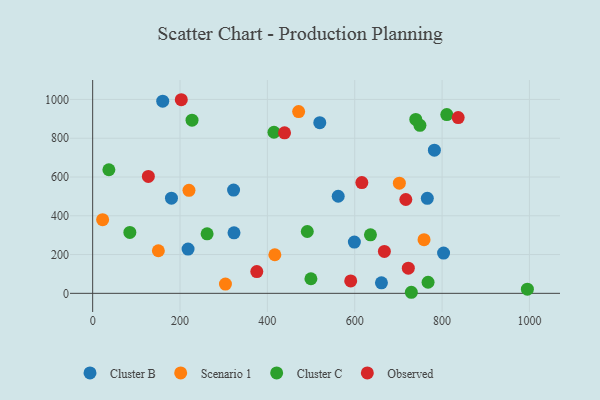
{"axis": {"x": "Study Hours", "y": "Profit"}, "legend": ["Cluster B", "Cluster C", "Observed", "Scenario 1"], "data": [{"x": "766.2", "y": 490.2, "type": "Cluster B"}, {"x": "218.4", "y": 228.3, "type": "Cluster B"}, {"x": "520.0", "y": 880.4, "type": "Cluster B"}, {"x": "599.2", "y": 264.5, "type": "Cluster B"}, {"x": "803.4", "y": 207.5, "type": "Cluster B"}, {"x": "562.2", "y": 500.8, "type": "Cluster B"}, {"x": "160.4", "y": 990.8, "type": "Cluster B"}, {"x": "323.6", "y": 312.3, "type": "Cluster B"}, {"x": "180.4", "y": 490.6, "type": "Cluster B"}, {"x": "322.6", "y": 532.6, "type": "Cluster B"}, {"x": "782.4", "y": 738.4, "type": "Cluster B"}, {"x": "661.2", "y": 54.1, "type": "Cluster B"}, {"x": "150.4", "y": 219.7, "type": "Scenario 1"}, {"x": "471.6", "y": 937.4, "type": "Scenario 1"}, {"x": "702.2", "y": 567.9, "type": "Scenario 1"}, {"x": "758.7", "y": 276.9, "type": "Scenario 1"}, {"x": "417.1", "y": 199.0, "type": "Scenario 1"}, {"x": "22.8", "y": 379.9, "type": "Scenario 1"}, {"x": "304.0", "y": 48.0, "type": "Scenario 1"}, {"x": "220.5", "y": 531.4, "type": "Scenario 1"}, {"x": "491.4", "y": 318.8, "type": "Cluster C"}, {"x": "995.3", "y": 21.6, "type": "Cluster C"}, {"x": "636.0", "y": 301.8, "type": "Cluster C"}, {"x": "37.1", "y": 637.4, "type": "Cluster C"}, {"x": "749.3", "y": 866.5, "type": "Cluster C"}, {"x": "499.7", "y": 75.2, "type": "Cluster C"}, {"x": "729.6", "y": 5.5, "type": "Cluster C"}, {"x": "415.1", "y": 830.7, "type": "Cluster C"}, {"x": "227.5", "y": 892.8, "type": "Cluster C"}, {"x": "810.8", "y": 921.8, "type": "Cluster C"}, {"x": "767.9", "y": 57.3, "type": "Cluster C"}, {"x": "739.8", "y": 897.1, "type": "Cluster C"}, {"x": "262.0", "y": 306.9, "type": "Cluster C"}, {"x": "85.1", "y": 314.4, "type": "Cluster C"}, {"x": "722.7", "y": 129.7, "type": "Observed"}, {"x": "616.3", "y": 571.3, "type": "Observed"}, {"x": "717.0", "y": 483.9, "type": "Observed"}, {"x": "375.8", "y": 112.0, "type": "Observed"}, {"x": "127.5", "y": 603.2, "type": "Observed"}, {"x": "202.9", "y": 998.5, "type": "Observed"}, {"x": "667.9", "y": 216.0, "type": "Observed"}, {"x": "590.8", "y": 63.8, "type": "Observed"}, {"x": "836.9", "y": 906.4, "type": "Observed"}, {"x": "439.3", "y": 828.0, "type": "Observed"}]}